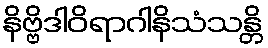
နိဗ္ဗိဒါဝိရာဂါနိသံသန္တိ